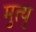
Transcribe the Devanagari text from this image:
मुत्यृ